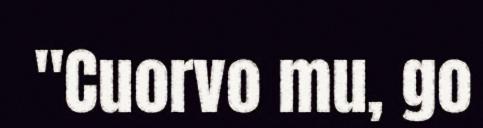
"Cuorvo mu, go